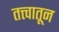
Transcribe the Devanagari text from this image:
तत्त्वातून